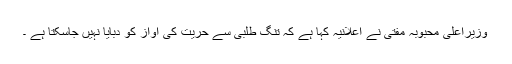
وزیراعلیٰ محبوبہ مفتی نے اعلانیہ کہا ہے کہ تنگ طلبی سے حریت کی آواز کو دبایا نہیں جاسکتا ہے ۔